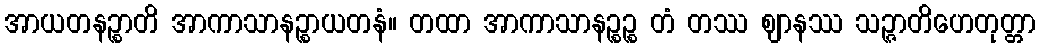
အာယတနဉ္စာတိ အာကာသာနဉ္စာယတနံ။ တထာ အာကာသာနဉ္စဉ္စ တံ တဿ ဈာနဿ သဉ္ဇာတိဟေတုတ္တာ